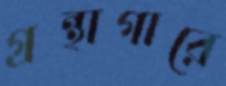
গ্রন্থাগারে